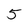
Character: 5